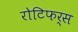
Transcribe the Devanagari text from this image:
रोटिफर्स